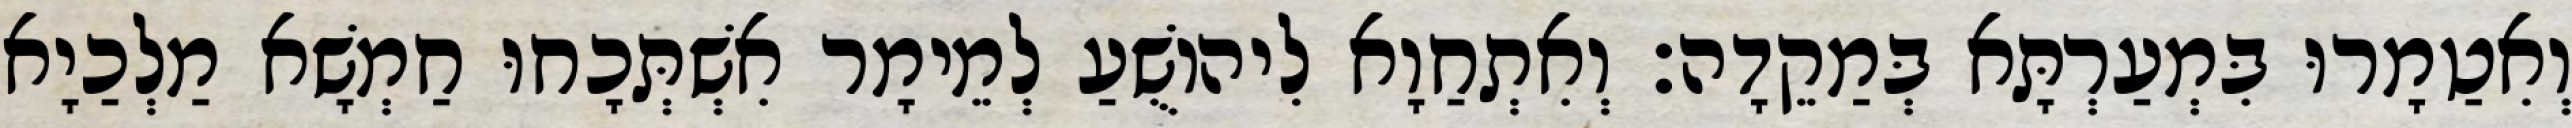
וְאִטַמָרוּ בִּמְעַרְתָּא בְּמַקֵדָה׃ וְאִתְחַוָא לִיהוֹשֻׁעַ לְמֵימָר אִשְׁתְּכָחוּ חַמְשָׁא מַלְכַיָא